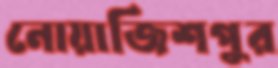
নোয়াজিশপুর